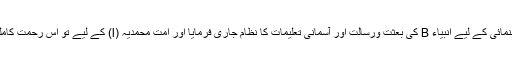
عقل جیسی نعمت عطا فرمائی اور پھر عقل کی رہنمائی کے لیے انبیاء B کی بعثت ورسالت اور آسمانی تعلیمات کا نظام جاری فرمایا اور اُمتِ محمدیہ (l) کے لیے تو اس رحمتِ کاملہ کے مظاہرِرحمت کو دیکھ کر حیرت ہوتی ہے۔